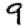
Digit: 9